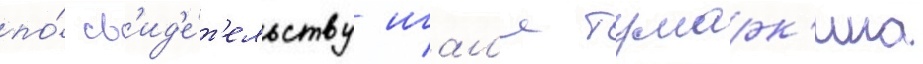
по́ св'ид'е́т'ельству игал'я тумарк'ина